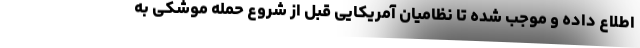
اطلاع داده و موجب شده تا نظامیان آمریکایی قبل از شروع حمله موشکی به